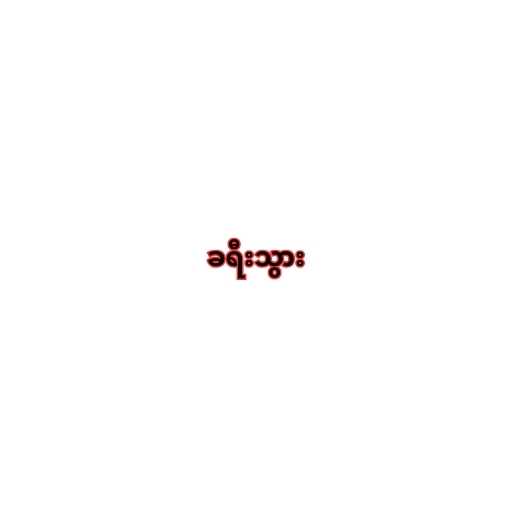
ခရီးသွား